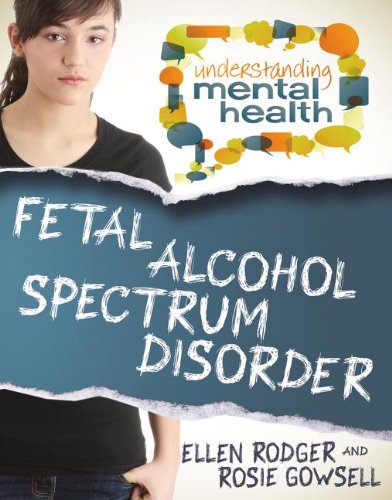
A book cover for Fetal Alcohol Spectrum Disorder (Understanding Mental Health); Ellen Rodger; Teen & Young Adult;